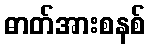
ဓာတ်အားစနစ်